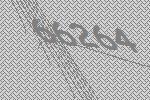
66264